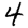
Digit: 4